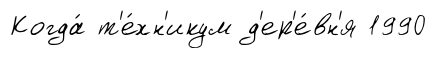
Когда́ т'е́хн'икум д'ер'е́вн'я 1990